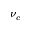
\nu _ { c }